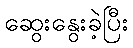
ဆွေးနွေးခဲ့ပြီး